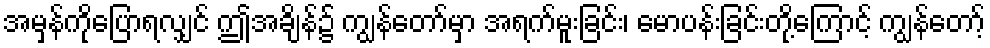
အမှန်ကိုပြောရလျှင် ဤအချိန်၌ ကျွန်တော်မှာ အရက်မူးခြင်း၊ မောပန်းခြင်းတို့ကြောင့် ကျွန်တော့်